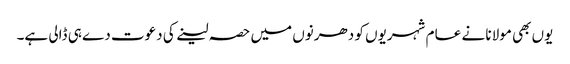
یوں بھی مولانا نے عا م شہریوں کو دھرنوں میں حصہ لینے کی دعوت دے ہی ڈالی ہے۔